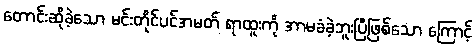
တောင်းဆိုခဲ့သော မင်းတိုင်ပင်အမတ် ရာထူးကို အာမခံခဲ့ဘူးပြီဖြစ်သော ကြောင့်